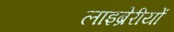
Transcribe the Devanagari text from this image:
लाइब्रेरीयों